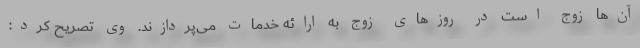
آن‌ها زوج است در روز‌های زوج به ارائه خدمات می‌پردازند. وی تصریح کرد: